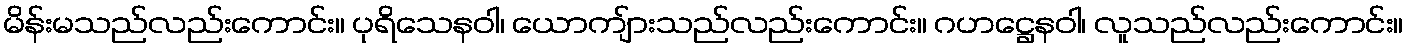
မိန်းမသည်လည်းကောင်း။ ပုရိသေနဝါ၊ ယောကျ်ားသည်လည်းကောင်း။ ဂဟဋ္ဌေနဝါ၊ လူသည်လည်းကောင်း။